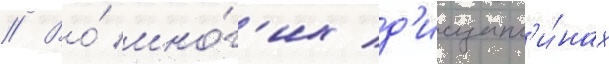
// Во́ мно́г'их д'исципл'и́нах